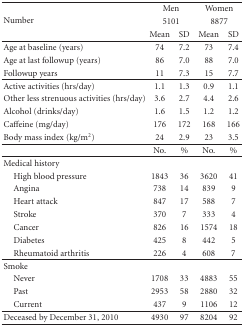
<table><thead><tr><td rowspan="3"><b>Number</b></td><td colspan="2"><b>Men</b></td><td colspan="2"><b>Women</b></td></tr><tr><td colspan="2"><b>5101</b></td><td colspan="2"><b>8877</b></td></tr><tr><td><b>Mean</b></td><td><b>SD</b></td><td><b>Mean</b></td><td><b>SD</b></td></tr></thead><tbody><tr><td>Age at baseline (years)</td><td>74</td><td>7.2</td><td>73</td><td>7.4</td></tr><tr><td>Age at last followup (years)</td><td>86</td><td>7.0</td><td>88</td><td>7.0</td></tr><tr><td>Followup years</td><td>11</td><td>7.3</td><td>15</td><td>7.7</td></tr><tr><td>Active activities (hrs/day)</td><td>1.1</td><td>1.3</td><td>0.9</td><td>1.1</td></tr><tr><td>Other less strenuous activities (hrs/day)</td><td>3.6</td><td>2.7</td><td>4.4</td><td>2.6</td></tr><tr><td>Alcohol (drinks/day)</td><td>1.6</td><td>1.5</td><td>1.2</td><td> 1.2</td></tr><tr><td>Caffeine (mg/day)</td><td>176</td><td>172</td><td>168</td><td> 166</td></tr><tr><td>Body mass index (kg/m<sup>2</sup>)</td><td>24</td><td> 2.9</td><td>23</td><td> 3.5</td></tr><tr><td></td><td>No.</td><td>%</td><td>No.</td><td>%</td></tr><tr><td>Medical history</td><td></td><td></td><td></td><td></td></tr><tr><td> High blood pressure</td><td>1843</td><td>36</td><td>3620</td><td>41</td></tr><tr><td> Angina</td><td>738</td><td>14</td><td>839</td><td>9</td></tr><tr><td> Heart attack</td><td>847</td><td>17</td><td>588</td><td>7</td></tr><tr><td> Stroke</td><td>370</td><td>7</td><td>333</td><td>4</td></tr><tr><td> Cancer</td><td>826</td><td>16</td><td>1574</td><td>18</td></tr><tr><td> Diabetes</td><td>425</td><td>8</td><td>442</td><td>5</td></tr><tr><td> Rheumatoid arthritis</td><td>226</td><td>4</td><td>608</td><td>7</td></tr><tr><td>Smoke</td><td></td><td></td><td></td><td></td></tr><tr><td> Never</td><td>1708</td><td>33</td><td>4883</td><td>55</td></tr><tr><td> Past</td><td>2953</td><td>58</td><td>2880</td><td>32</td></tr><tr><td> Current</td><td>437</td><td>9</td><td>1106</td><td>12</td></tr><tr><td>Deceased by December 31, 2010</td><td>4930</td><td>97</td><td>8204</td><td>92</td></tr></tbody></table>